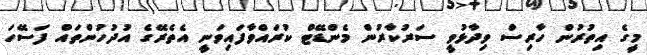
މީގެ އިތުރުން ހާރިސް ވިދާޅުވީ ސަރުކާރުން މެންޑޭޓް ކުރައްވާފައިވަނީ އެތެރޭގެ އުދުހުންތައް ފަސޭހަ